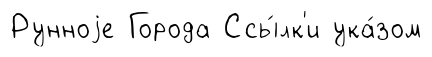
Рунноjе Города Ссы́лк'и ука́зом